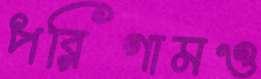
পরিণামও